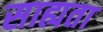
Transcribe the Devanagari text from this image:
साह्यता